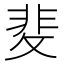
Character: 𭣻